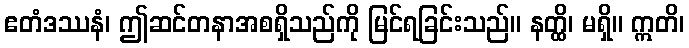
ဧတံဒဿနံ၊ ဤဆင်တနာအစရှိသည်ကို မြင်ရခြင်းသည်။ နတ္ထိ၊ မရှိ။ ဣတိ၊